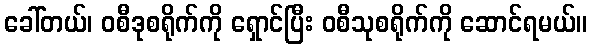
ခေါ်တယ်၊ ဝစီဒုစရိုက်ကို ရှောင်ပြီး ဝစီသုစရိုက်ကို ဆောင်ရမယ်။